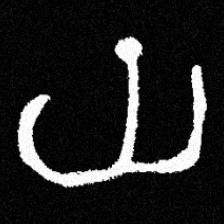
Pyu character \u2014 Myanmar letter: ယ (romanized: ya)